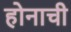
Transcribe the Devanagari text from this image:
होनाची